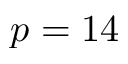
p = 1 4